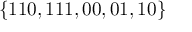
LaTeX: \{ 1 1 0 , 1 1 1 , 0 0 , 0 1 , 1 0 \}